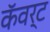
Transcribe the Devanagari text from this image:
कॅवर्ट